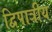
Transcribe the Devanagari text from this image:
द्विपात्रीय